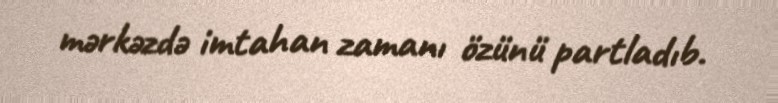
mərkəzdə imtahan zamanı özünü partladıb.